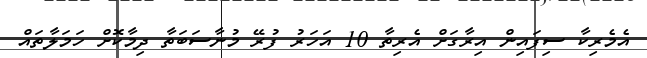
އެމެރިކާ ސިފައިން އިރާގަށް އެރިތާ 10 އަހަރު ފުރޭ މުނާސަބަތާ ދިމާކޮށް ހަމަލާތައް